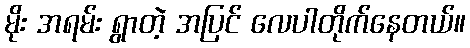
မိုး အရမ်း ရွာတဲ့ အပြင် လေပါတိုက်နေတယ်။